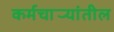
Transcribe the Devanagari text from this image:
कर्मचार्‍यांतील